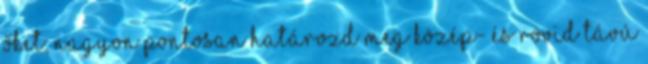
őket; nagyon pontosan határozd meg közép- és rövid távú